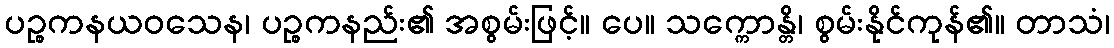
ပဉ္စကနယဝသေန၊ ပဉ္စကနည်း၏ အစွမ်းဖြင့်။ ပေ။ သက္ကောန္တိ၊ စွမ်းနိုင်ကုန်၏။ တာသံ၊